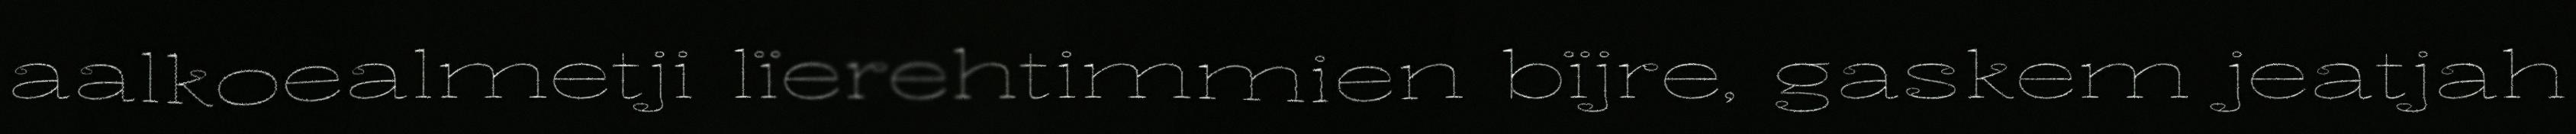
aalkoealmetji lïerehtimmien bïjre, gaskem jeatjah